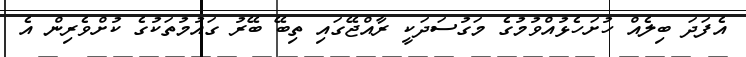
އެފަދަ ބިލެއް ހުށަހެޅުއްވުމުގެ މަގުސަދަކީ ރާއްޖޭގައި ތިބޭ ބޭރު ގައުމުތަކުގެ ކުށްވެރިން އެ